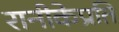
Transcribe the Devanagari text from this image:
रानीकेप्रति